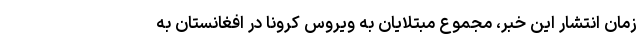
زمان انتشار این خبر، مجموع مبتلایان به ویروس کرونا در افغانستان به